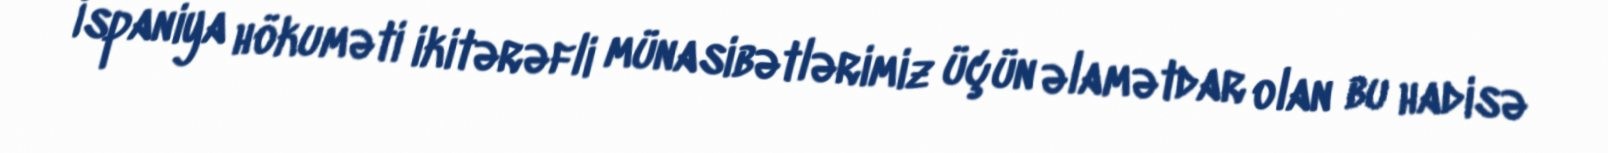
İspaniya hökuməti ikitərəfli münasibətlərimiz üçün əlamətdar olan bu hadisə